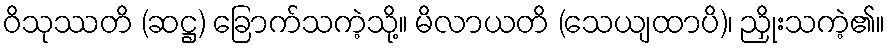
ဝိသုဿတိ (ဆဋ္ဌ) ခြောက်သကဲ့သို့။ မိလာယတိ (သေယျထာပိ)၊ ညှိုးသကဲ့၏။